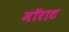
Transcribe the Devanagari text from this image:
मॉराट